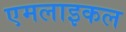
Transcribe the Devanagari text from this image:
एमलाइकल